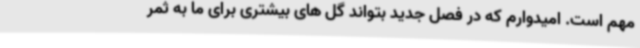
مهم است. امیدوارم که در فصل جدید بتواند گل های بیشتری برای ما به ثمر